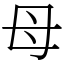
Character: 母